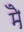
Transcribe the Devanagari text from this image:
मेॆ